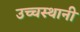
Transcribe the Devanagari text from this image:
उच्चस्थानी